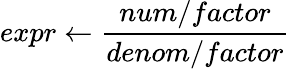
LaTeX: expr\gets\frac{num/factor}{denom/factor}